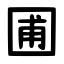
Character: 圃